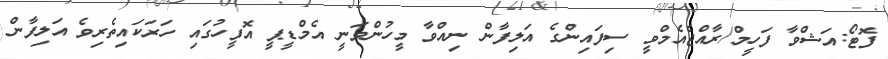
ފޮޓޯ:އަޝްވާ ފަހީމް/ރާއްޖެއެމްވީ ސިފައިންގެ އަލިފާން ނިއްވާ މީހުންވަނީ އެމްޑީޕީ އޮފީހުގައި ހަރަކައިތެރިވެ އަލިފާން